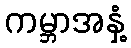
ကမ္ဘာအနှံ့